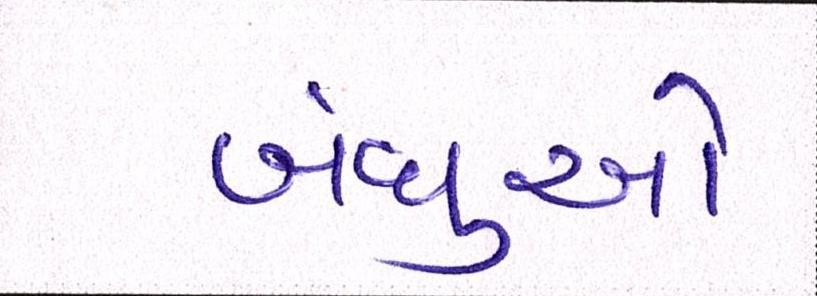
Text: બંધુઓ